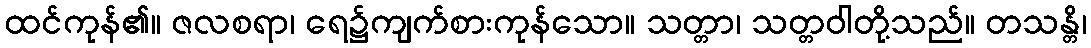
ထင်ကုန်၏။ ဇလစရာ၊ ရေ၌ကျက်စားကုန်သော။ သတ္တာ၊ သတ္တဝါတို့သည်။ တသန္တိ၊